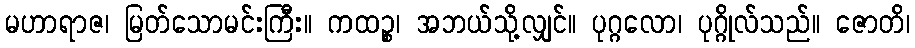
မဟာရာဇ၊ မြတ်သောမင်းကြီး။ ကထဉ္စ၊ အဘယ်သို့လျှင်။ ပုဂ္ဂလော၊ ပုဂ္ဂိုလ်သည်။ ဇောတိ၊